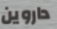
داروين